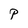
Character: P